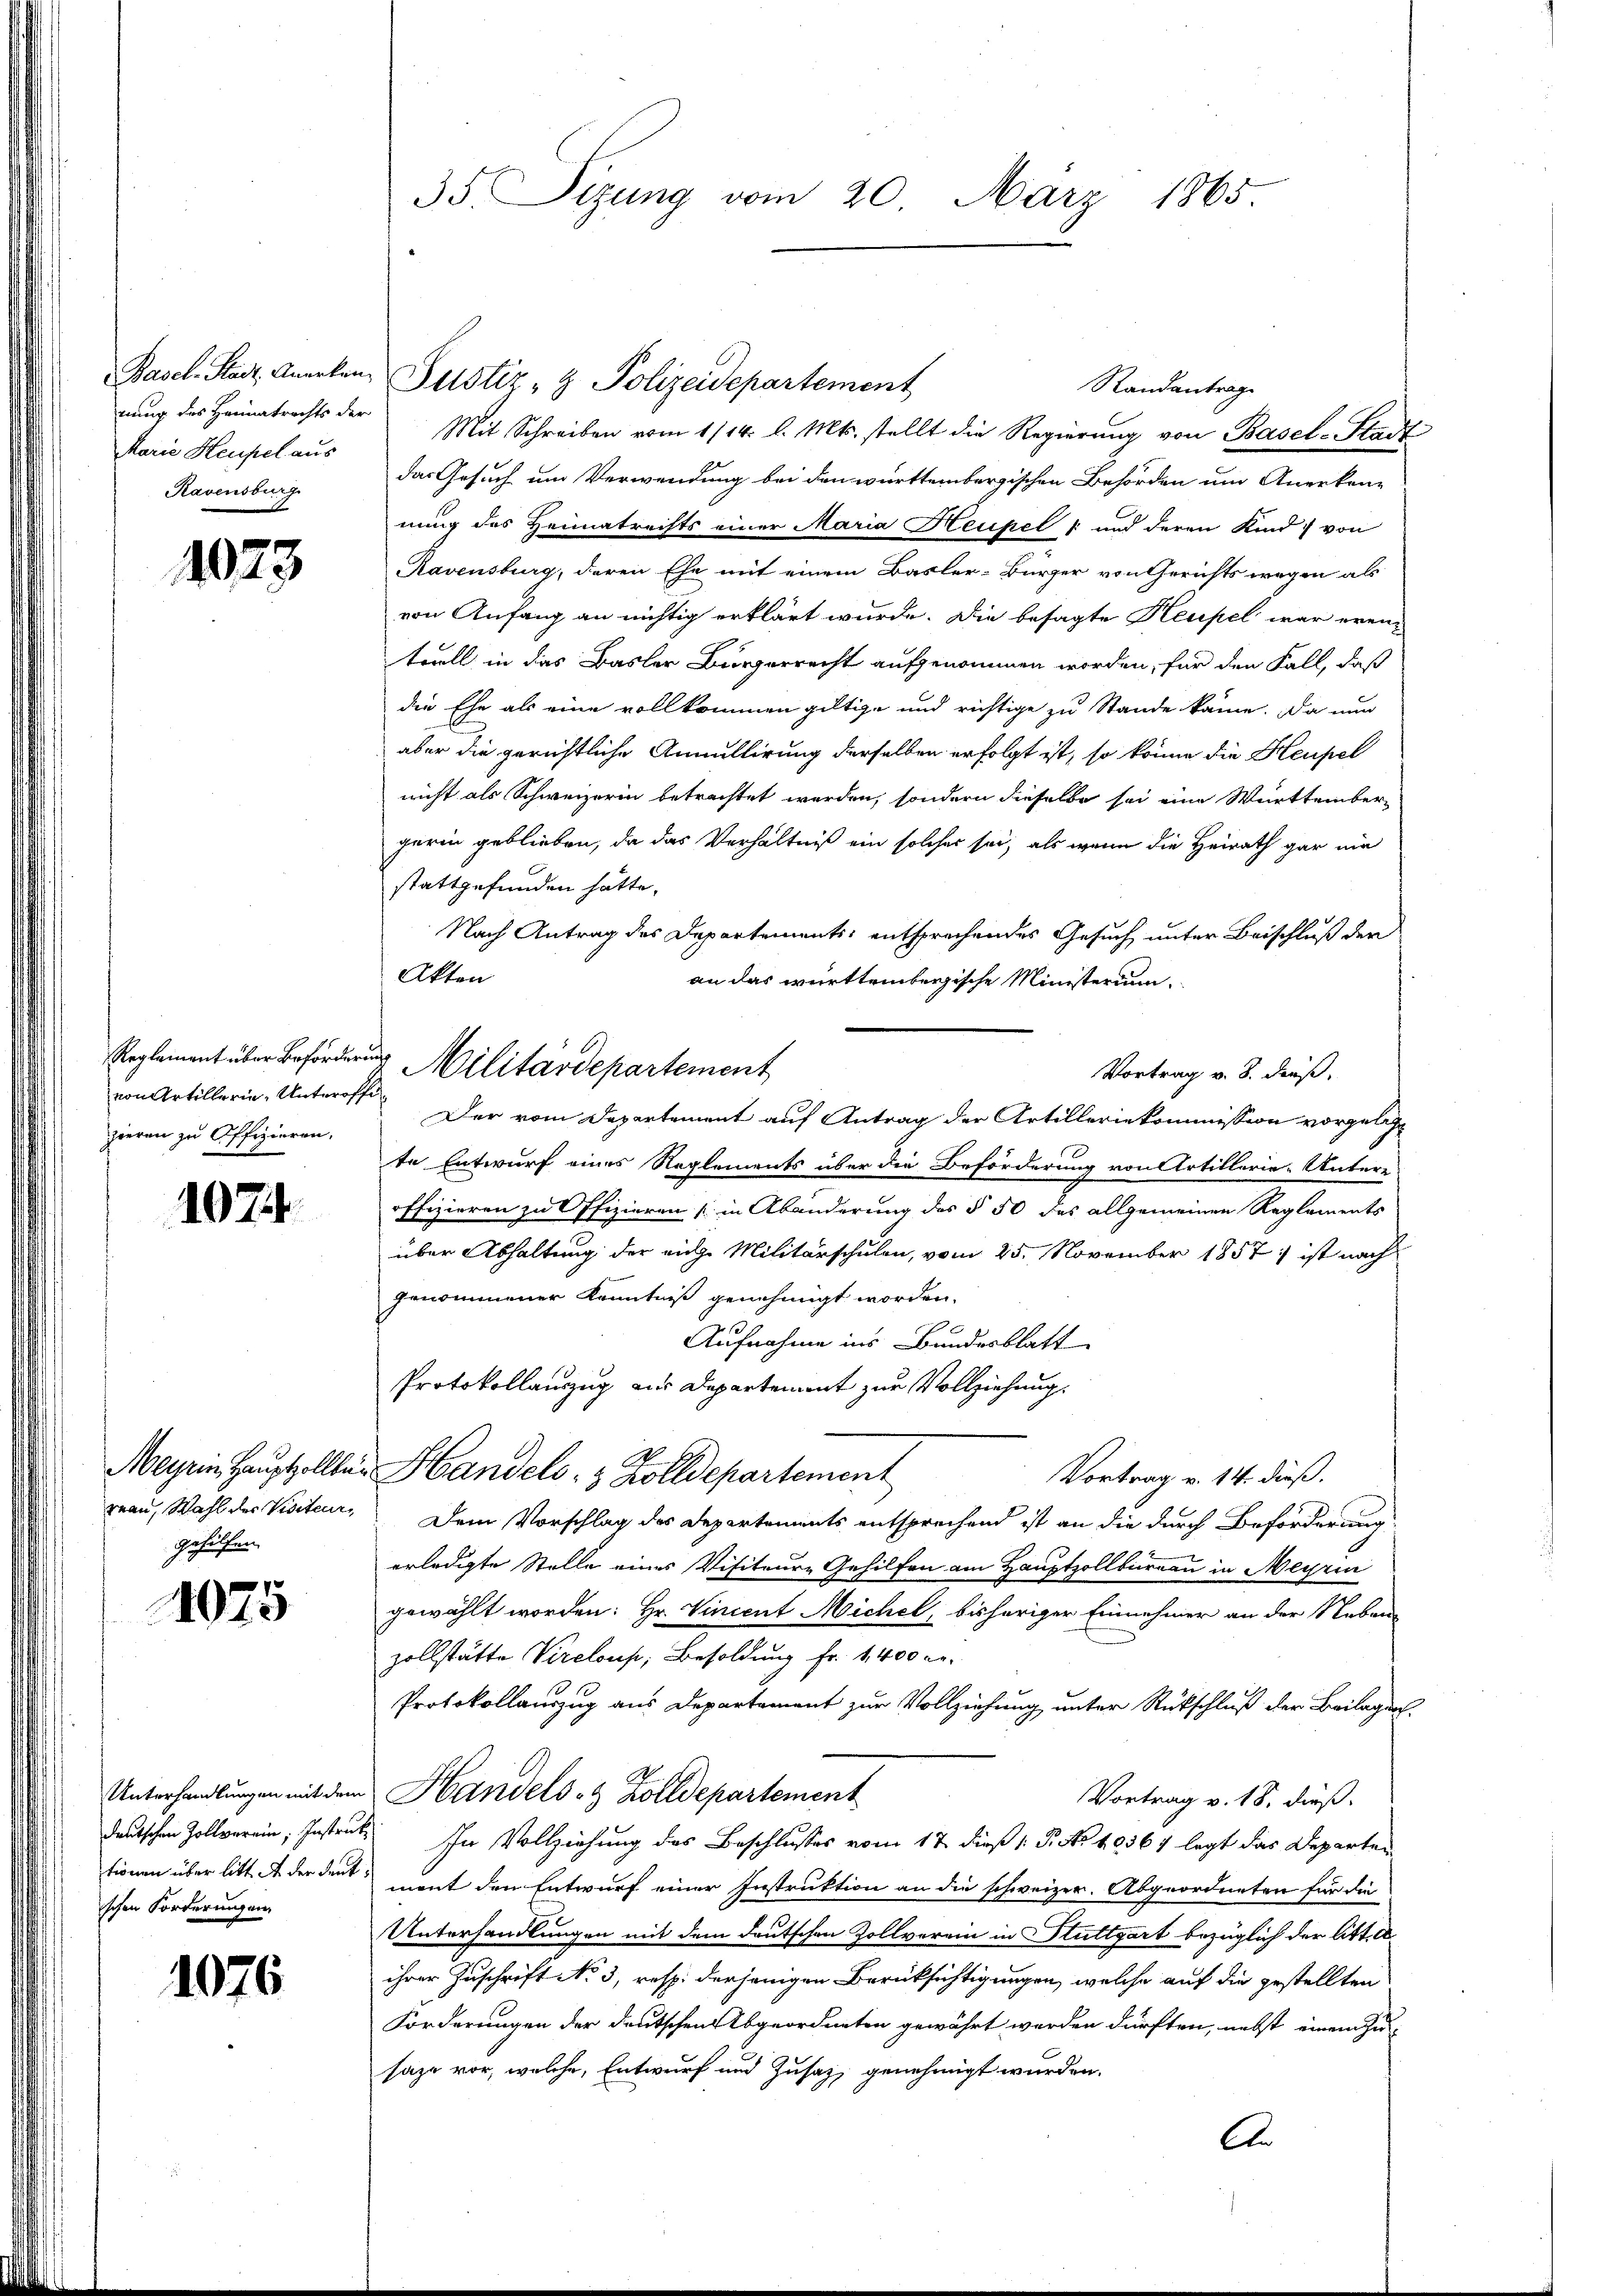
nung des Heimatrichts der
Marie Heupel aus
Ravensburg

1023

von Artillerin, Unteroffe
zieren zu Offizieren.

1074.

1075

deutschen Zollverein, Instruktionen über litt de der deutischen Forderungen.

1076

reau, Wahl der Visiteur,
gehilfen.

Basel-Stadt, Anerken- Puster - Polizeidepartement
Randantrag
Mit Schreiben vom 1/14. l. Mts. stellt die Regierŭng von Basel-Stadt
das Gesuch um Verwendung bei den württembergischen Behörden um Anerken-
nung des Heimatrechts einer Maria Heupel 1 und deren Kind) von
Ravensburg, deren Ehe mit einem Basler-Bürger von Gerichts wegen als
von Anfang an nichtig erklärt wurde. Die besagte Heupel war erentuell in das Basler Bürgerrecht aufgenommen worden, für den Fall, daß
die Ehe als eine vollkommen giltige und richtige zu Stande käme. Da nun
aber die gerichtliche Annullirung derselben erfolgt ist, so könne die Heupel
nicht als Schweizerin betrachtet werden, sondern dieselbe sei eine Württember-
garin geblieben, da das Verhältniß ein solcher sei, als wenn die Heirath gar nie
stattgefunden hätte.
Nach Antrag des Departements entsprechendes Gesuch unter Beischluß der
Akten
an das württembergische Ministerium
Vortrag v. 8. dieß,
Der vom Departement auf Antrag der Artilleriekommission vorgelese
te Entwurf eines Reglements über die Beförderung von Artillerie-Untere
offizieren zu Offizieren in Abänderung des § 50 das allgemeinen Reglements
über Abhaltung der riche Militärschulen, vom 25. November 1857 ; ist nach
genommener Kenntniß genehmigt worden.
Aufnahme ins Bundesblatt
Protokollauszug zur Departement zur Vollziehung.
Meyrin Hauptzollber Handels- & Zolldepartement
Vortrag v. 14. dieß.
Dem Vorschlag des Departements entsprechend ist an die durch Beförderung
erledigte Stelle eines Visiteure Gehilfen am Hauptzollbüreau in Meyrin
gewählt worden: Hr. Vincent Michel, bisheriger Einnehmer an der Neben-
zollstätte Vireloup, Besoldung fr. 1400 re
Protokollauszug aus Departement zur Vollziehung unter Rückschluß der Beilagen
Unterhandlungen mit dem Handels- & Zolldepartement
Vortrag v. 18. dieß.
In Vollziehung des Beschlusses vom 17. dieß (T. No 40567 legt das Departen
ment den Entwurf einer Instruktion an die schweizer. Abgeordneten für die
Unterhandlungen mit dem deutschen Zollverein in Stuttgart bezüglich der littell
ihrer Zuschrift No 3, resp. derjenigen Berücksichtigungen, welche auf die gestellten
Forderungen der deutschen Abgeordneten gewährt werden dürften, nebst einem Zu-
saze vor, welche, Entwurf und Zusaz, genehmigt wurden.
An

35 Sizung vom 20. März 1865

Reglement über Beförderung Militärdepartement